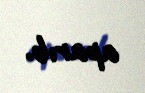
aparıb.